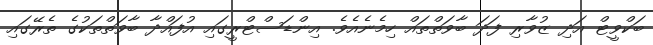
ބަކްވީޓް އަދި ޒުވާރި ފަދަ ބާވަތްތައް ހިމެނެއެވެ. އިންޑަސްޓްރީގައި އުފައްދާ ބާވަތްތަކުގެ ތެރޭގައި